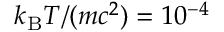
k _ { \mathrm { B } } T / ( m c ^ { 2 } ) = 1 0 ^ { - 4 }